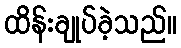
ထိန်းချုပ်ခဲ့သည်။